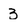
Character: 3